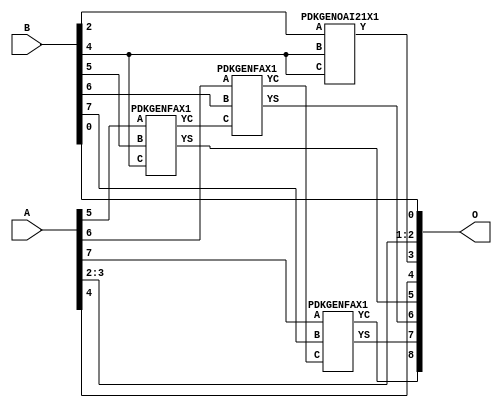
// Library = EvoApprox8b
// Circuit = add8_334
// Area   (180) = 383
// Delay  (180) = 0.740
// Power  (180) = 125.40
// Area   (45) = 30
// Delay  (45) = 0.270
// Power  (45) = 12.51
// Nodes = 4
// HD = 194560
// MAE = 5.37500
// MSE = 43.50000
// MRE = 2.94 %
// WCE = 16
// WCRE = 800 %
// EP = 94.1 %

module add8_334(A, B, O);
  input [7:0] A;
  input [7:0] B;
  output [8:0] O;
  wire [2031:0] N;

  assign N[0] = A[0];
  assign N[1] = A[0];
  assign N[2] = A[1];
  assign N[3] = A[1];
  assign N[4] = A[2];
  assign N[5] = A[2];
  assign N[6] = A[3];
  assign N[7] = A[3];
  assign N[8] = A[4];
  assign N[9] = A[4];
  assign N[10] = A[5];
  assign N[11] = A[5];
  assign N[12] = A[6];
  assign N[13] = A[6];
  assign N[14] = A[7];
  assign N[15] = A[7];
  assign N[16] = B[0];
  assign N[17] = B[0];
  assign N[18] = B[1];
  assign N[19] = B[1];
  assign N[20] = B[2];
  assign N[21] = B[2];
  assign N[22] = B[3];
  assign N[23] = B[3];
  assign N[24] = B[4];
  assign N[25] = B[4];
  assign N[26] = B[5];
  assign N[27] = B[5];
  assign N[28] = B[6];
  assign N[29] = B[6];
  assign N[30] = B[7];
  assign N[31] = B[7];

  PDKGENOAI21X1 n108(.A(N[20]), .B(N[24]), .C(N[24]), .Y(N[108]));
  PDKGENFAX1 n282(.A(N[10]), .B(N[26]), .C(N[24]), .YS(N[282]), .YC(N[283]));
  PDKGENFAX1 n332(.A(N[12]), .B(N[28]), .C(N[283]), .YS(N[332]), .YC(N[333]));
  PDKGENFAX1 n382(.A(N[14]), .B(N[30]), .C(N[333]), .YS(N[382]), .YC(N[383]));

  assign O[0] = N[16];
  assign O[1] = N[4];
  assign O[2] = N[6];
  assign O[3] = N[108];
  assign O[4] = N[8];
  assign O[5] = N[282];
  assign O[6] = N[332];
  assign O[7] = N[382];
  assign O[8] = N[383];

endmodule
/* mod */
module PDKGENOAI21X1( input A, input B, input C, output Y );
    assign Y = ~((A | B) & C);
endmodule
/* mod */
module PDKGENFAX1( input A, input B, input C, output YS, output YC );
    assign YS = (A ^ B) ^ C;
    assign YC = (A & B) | (B & C) | (A & C);
endmodule